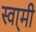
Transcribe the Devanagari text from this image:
स्वा्मी